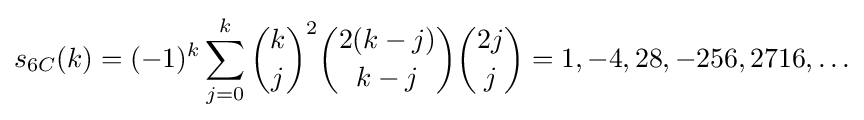
s_{6C}(k)=(-1)^{k}\sum _{j=0}^{k}{\binom {k}{j}}^{2}{\binom {2(k-j)}{k-j}}{\binom {2j}{j}}=1,-4,28,-256,2716,\ldots